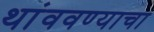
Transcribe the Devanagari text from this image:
थांववण्याचा